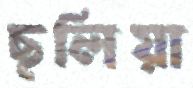
ছলিয়া